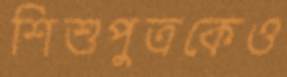
শিশুপুত্রকেও